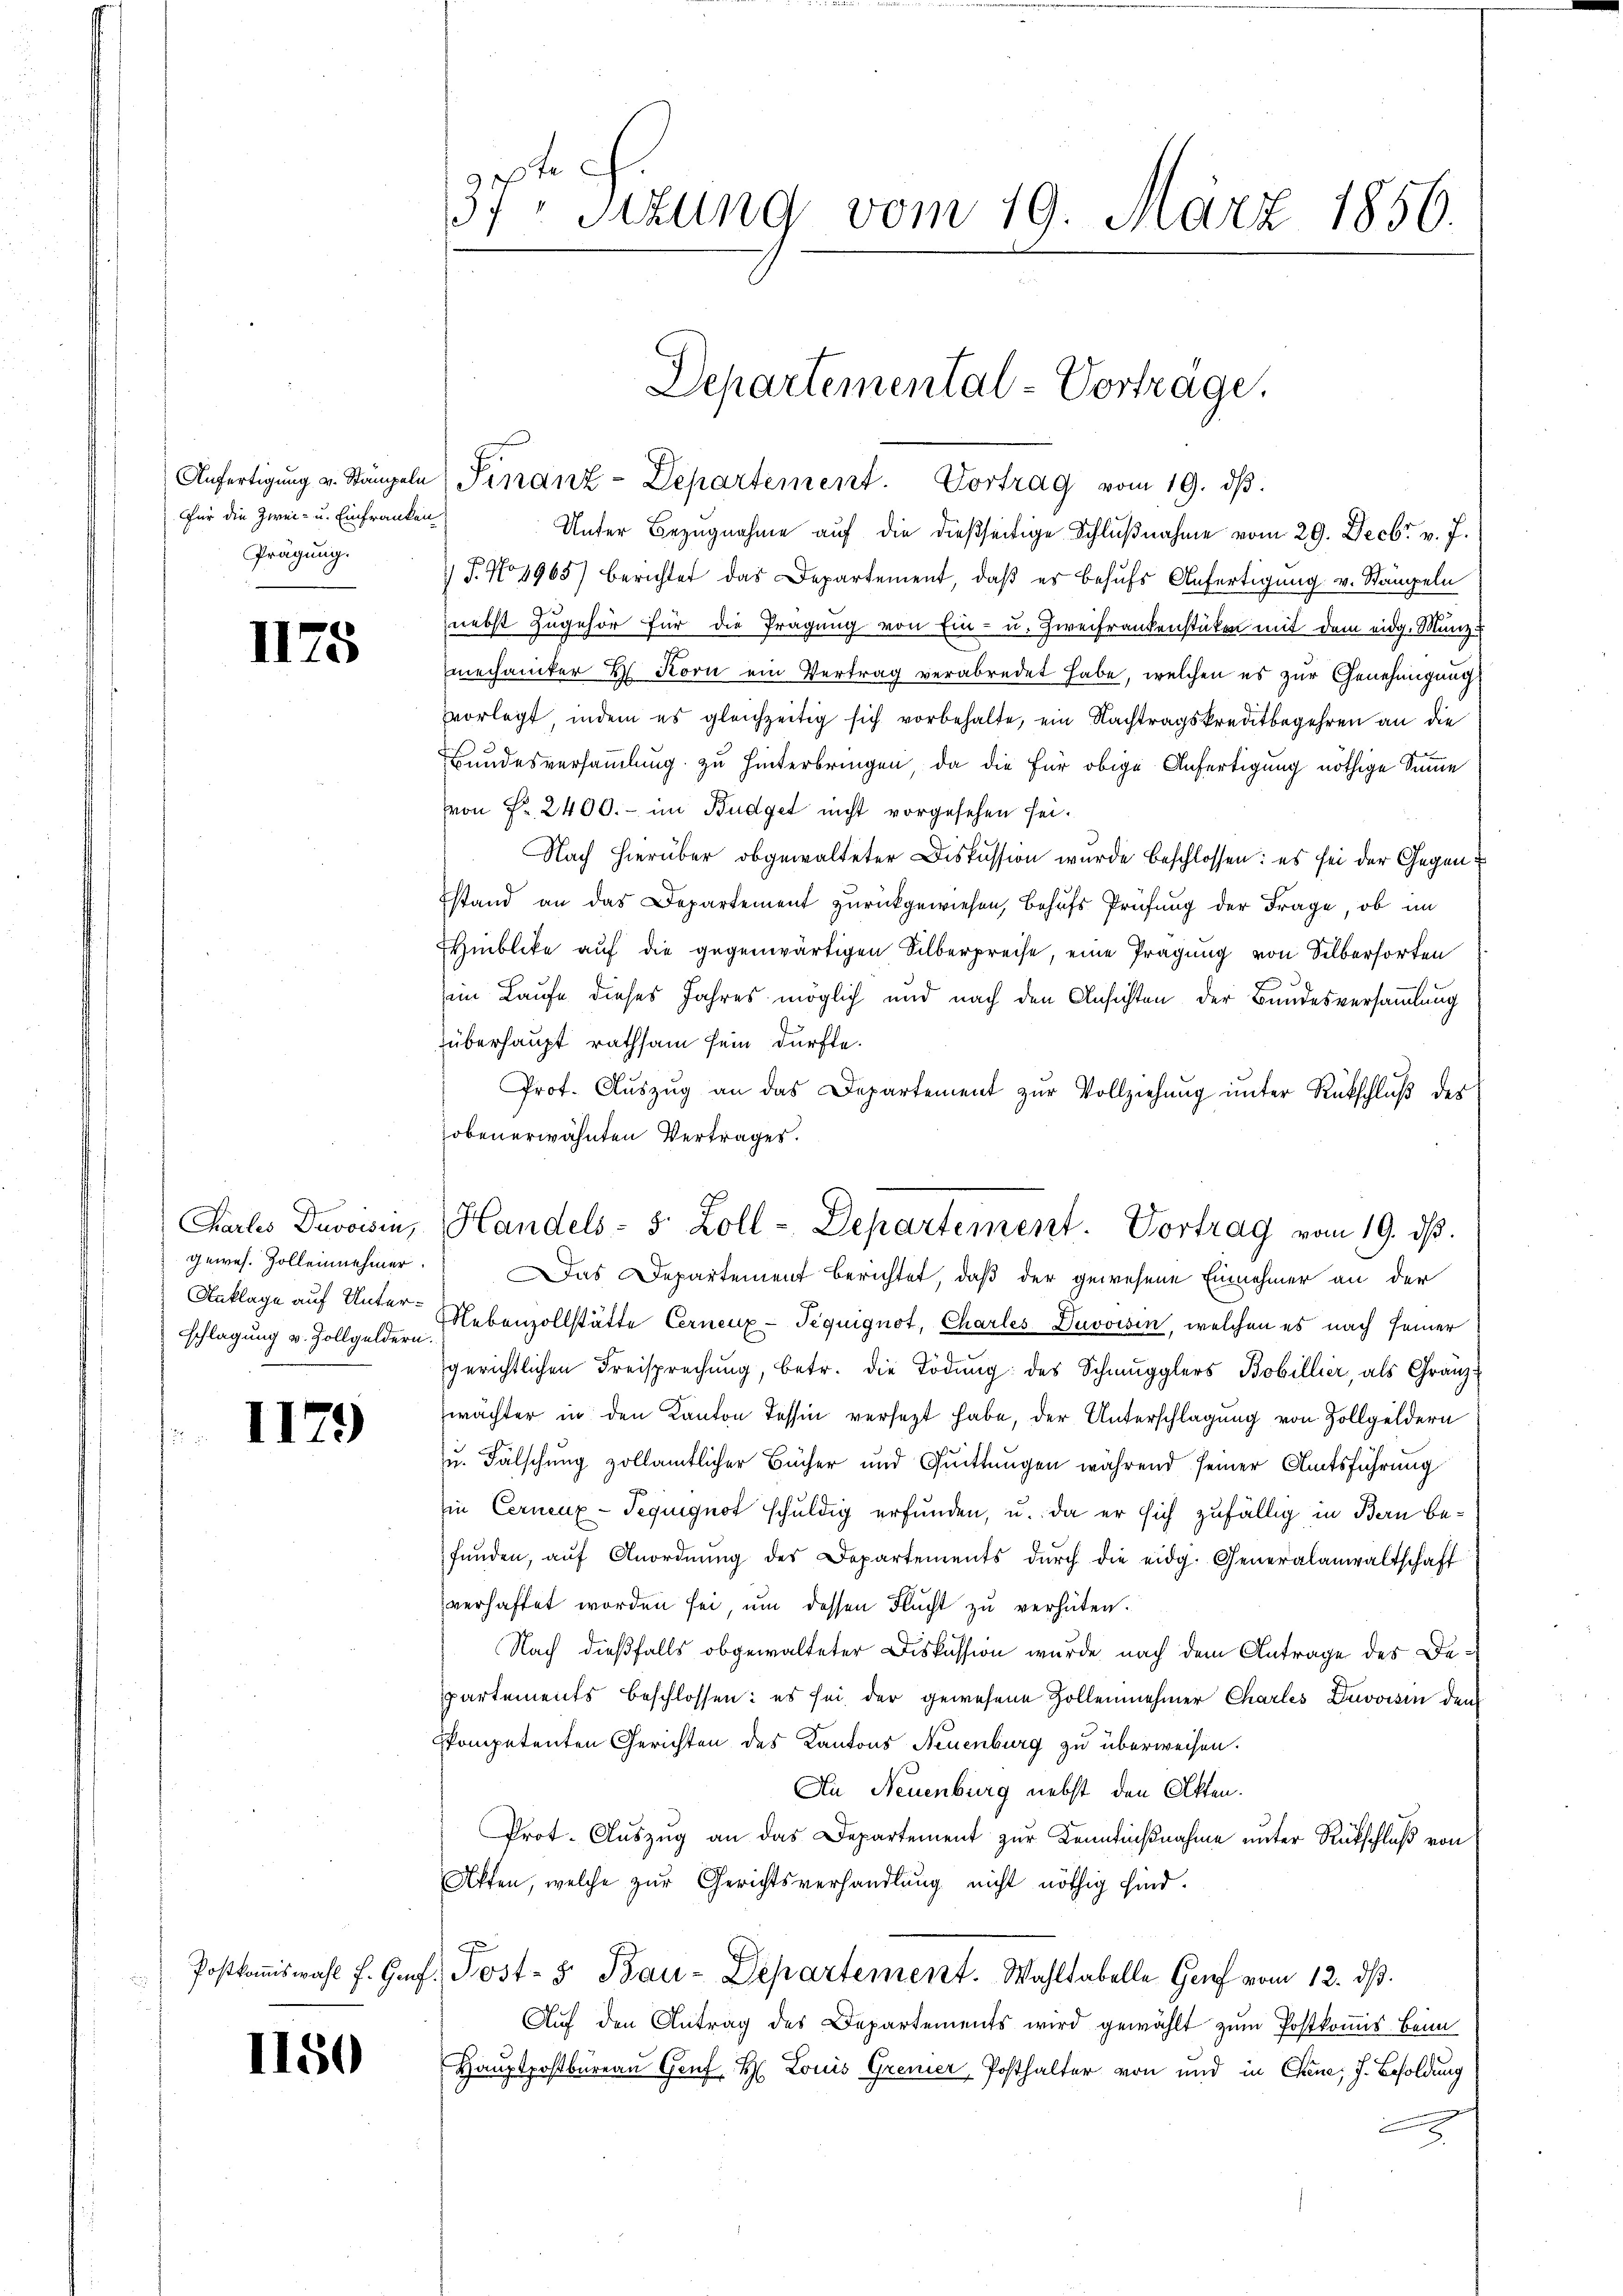
Anfertigung v. Stampeln
Für die Zwei- u. Einfranken
Prägung.

1178

Chartes Davoisin,
gewes. Zolleinehmer.
Anklage auf Unterschlagung v. Zollgeldern

117.)

d
f

1150

37ten Sizung vom 19. März 1856.

Unter Bezugnahme auf die dießseitige Schlußnahme vom 29. Decbr. v. J.
 P.No1965) berichtet das Departement, daß es behufs Anfertigung v. Stämpeln
nebst Zugehör für die Tragung von Ein- u. Zweifrankenstücken mit dem eidg. Munz
mechaniker H. Korn ein Vertrag verabredet habe, welchen es zur Genehmigung
vvorlegt, indem es gleichzeitig sich vorbehalte, ein Nachtragskreditbegehren an die
Bundesversammlung zu hinterbringen, da die für obige Anfertigung nöthige Summe
von Fr. 2400.- im Budget nicht vorgesehen sei.
Nach hierüber obgewalteter Diskussion wurde beschlossen: es sei der Gegen
stand an das Departement zurückgewiesen, behufs Prüfung der Frage, ob im
Hinblicke auf die gegenwärtigen Silberpreise, eine Prägung von Silbersorten
im Laufe dieses Jahres möglich und nach den Ansichten der Bundesversammlung
überhaupt rathsam sein dürfte.
Prot. Aŭszŭg an das Departement zŭr Vollziehŭng ŭnter Rückschlŭβ der
hobenerwähnten Vertrages.
Das Departement berichtet, daß der gewesene Einnehmer an der
Nebenzollstätte Cerneux-Tequignot, Charles Duvoisin, welchen es nach seiner
gerichtlichen Freisprechung, betr. die Tödung des Schmugglers Bobillier, als Gränzwächter in den Kanton Tessin versetzt habe, der Unterschlagung von Zollgeldern
u. Fälschung zollamtlicher Bücher und Quittungen während seiner Amtsführung
in Cerneux-Tequignot schuldig erfunden, u. da er sich zufällig in Bern befŭnden, aŭf Anordnŭng des Departements dŭrch die eidg. Generalanwaltschaft
verhaftet worden sei, um dessen Flucht zu verhüten.
Nach dießfalls obgewalteter Diskussion wurde nach dem Antrage des Departements beschlossen: es sei der gewesene Zollennehmer Charles Zuvoisin dem
kompetenten Gerichten des Kantons Neuenburg zu überweisen.
An Neuenburg nebst den Akten.
Prot. Aŭszŭg an das Departement zŭr Kenntniβnahme unter Rückschluß von
Affen, welche zur Gerichtsverhandlung nicht nöthig sind.
Postkoṁiswahl f. Ges. Post- & Bau-Departement. Wahltabelle Genf vom 12. ds.
Auf den Antrag des Departements wird gewählt zum Postkomis beim
Hauptpostbureau Genf, H. Louis Gremier, Posthalter von und in Chine, J. Besoldung
.
2
e

Departemental-Vorträge.
Sinanz-Departement. Vortrag vom 19. dβ.

Handels- 5 Zoll - Departement. Vortrag vom 19. dβ.